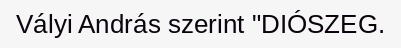
Vályi András szerint "DIÓSZEG.